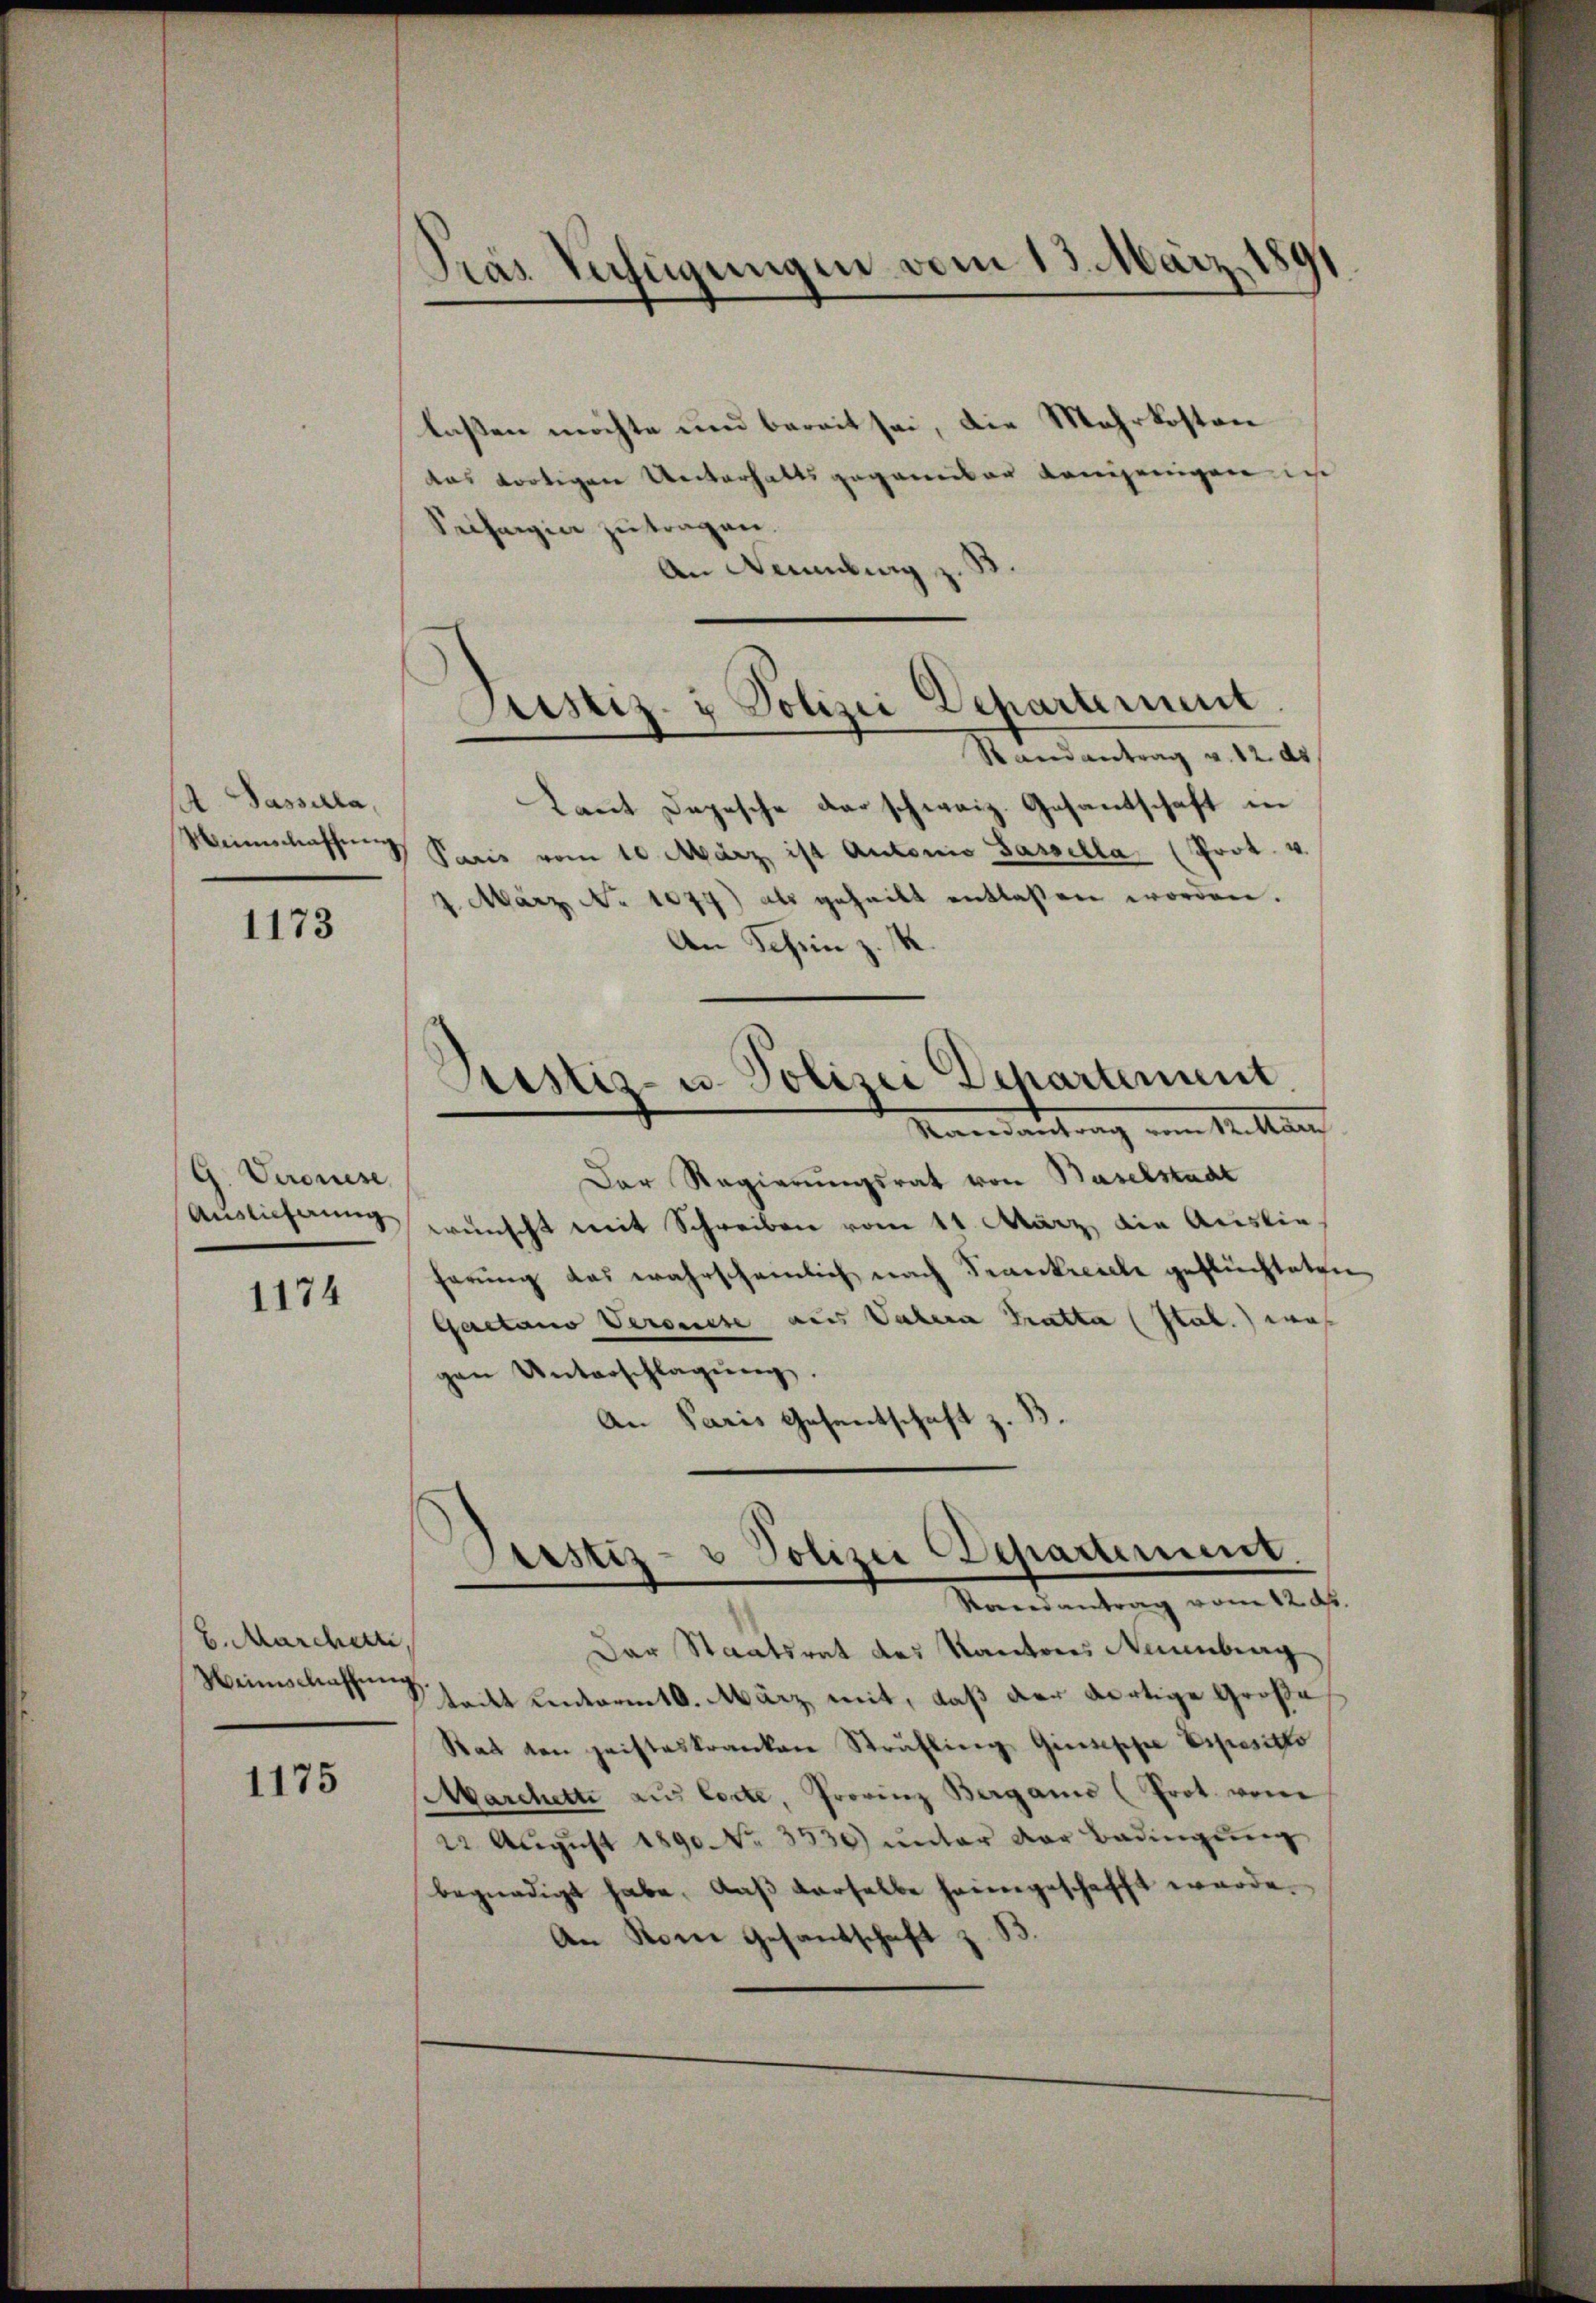
A. Passala,

1173

G. Veronese
Auslieferung

1174

6. Marcherte,
Weinschaffŭng.

1175

Tras Verfügungen vom 13. März 1

laßen möchte und bereit sei, die Mehrkosten
das fortigen Unterhaltsgegannbar denjenigen in
Seifargia zu tragen.
An Sammlung zu
Randantrag v. 12. ds
Laut Depesche der schweiz. Gesantschaft in
Weinschaften Paris vom 10. März ist Antonio Sassella (Prot. v.
1. März. No 1077) als geheilt entlassen worden.
An Schin z. K.
Ristiz- u. Polizei Departement
Mandantrag vom 1. Mann
Der Regierungsrat von Baselstadt
wünscht mit Schreiben vom 11. März, die Auslieherung das wahrscheinlich nach Trankreiele geflüchteten
Gaetano Vereisse aus Vatern Tratta (Stab. was
gen Unterschlagung.
An Paris Gesentschaft z.

epartement
Justiz- & Polizei

Sistiz- & Polizei Departement.
Randantrag vom 12. ds.

Der Staatsrat des Kantons Neuenburg
tritt unterm 16. März mit, daß der dortige Große
Rat von heisteskranken Sträfling Giuseppe Depositio
Marchette aŭs Corte, Provinz Bergani (Prot. von
22. Aŭgŭst 1890. No. 3530) ŭnter der Bedingŭng
begnadigt habe, daβ derselbe heimgeschafft werde.
An Stone Gesandschaft z. B.